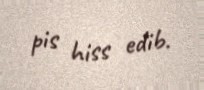
pis hiss edib.